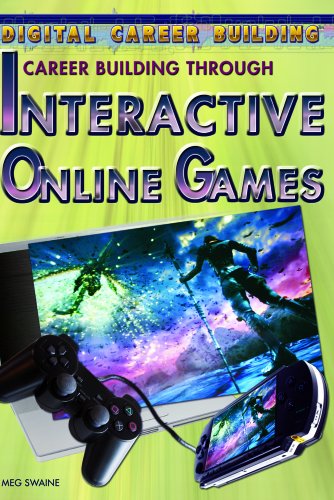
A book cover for Career Building Through Interactive Online Games (Digital Career Building); Meg Swaine; Children's Books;